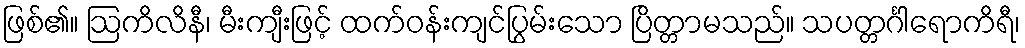
ဖြစ်၏။ ဩကိလိနီ၊ မီးကျီးဖြင့် ထက်ဝန်းကျင်ပြွမ်းသော ပြိတ္တာမသည်။ သပတ္တင်္ဂါရောကိရီ၊